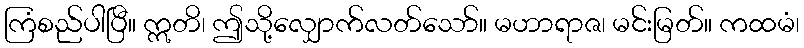
ကြံစည်ပါပြီ။ ဣတိ၊ ဤသို့လျှောက်လတ်သော်။ မဟာရာဇ၊ မင်းမြတ်။ ကထမံ၊